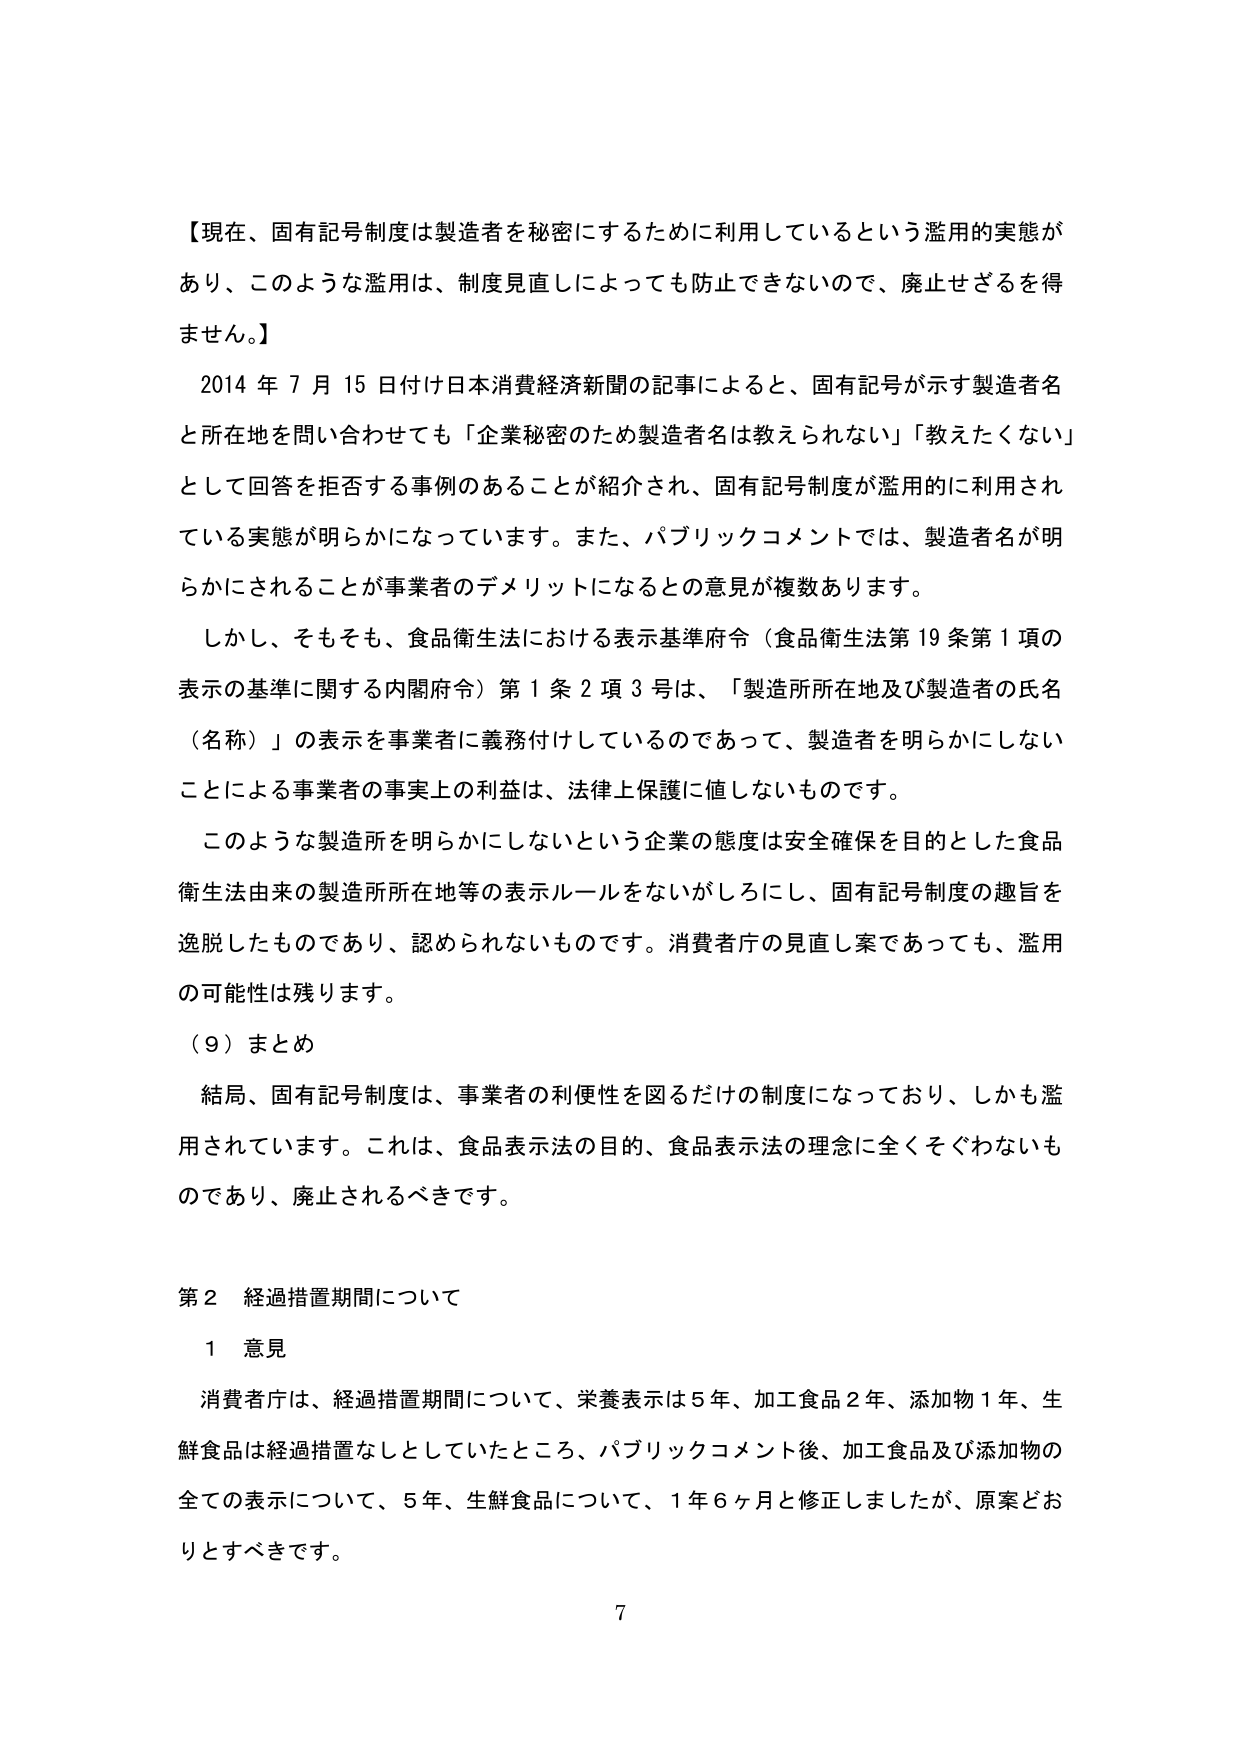
【現在、固有記号制度は製造者を秘密にするために利用しているという濫用的実態があり、このような濫用は、制度見直しによっても防止できないので、廃止せざるを得ません。】

2014年7月15日付け日本消費経済新聞の記事によると、固有記号が示す製造者名と所在地を問い合わせても「企業秘密のため製造者名は教えられない」「教えたくない」として回答を拒否する事例のあることが紹介され、固有記号制度が濫用的に利用されている実態が明らかになっています。また、パブリックコメントでは、製造者名が明らかにされることが事業者のデメリットになるとの意見が複数あります。

しかし、そもそも、食品衛生法における表示基準府令（食品衛生法第19条第1項の表示の基準に関する内閣府令）第1条2項3号は、「製造所所在地及び製造者の氏名（名称）」の表示を事業者に義務付けしているのであって、製造者を明らかにしないことによる事業者の事実上の利益は、法律上保護に値しないものです。

このような製造所を明らかにしないという企業の態度は安全確保を目的とした食品衛生法由来の製造所所在地等の表示ルールをないがしろにし、固有記号制度の趣旨を逸脱したものであり、認められないものです。消費者庁の見直し案であっても、濫用の可能性は残ります。

（9）まとめ

結局、固有記号制度は、事業者の利便性を図るだけの制度になっており、しかも濫用されています。これは、食品表示法の目的、食品表示法の理念に全くそぐわないものであり、廃止されるべきです。

第2 経過措置期間について

1 意見

消費者庁は、経過措置期間について、栄養表示は5年、加工食品2年、添加物1年、生鮮食品は経過措置なしとしていたところ、パブリックコメント後、加工食品及び添加物の全ての表示について、5年、生鮮食品について、1年6ヶ月と修正しましたが、原案どおりとすべきです。

7